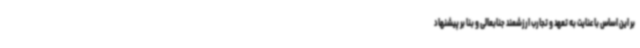
بر این اساس با عنایت به تعهد و تجارب ارزشمند جنابعالی و بنا بر پیشنهاد